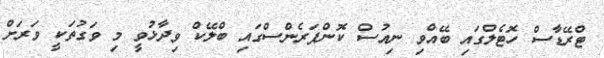
ޓްރޭޑާސް ހޮޓެލްގައި ބޭއްވި ނިއުސް ކޮންފަރެންސްގައި ބްލޭކް ވިދާޅުވީ މި ވަގުތަކީ ވަރަށް